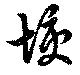
垓